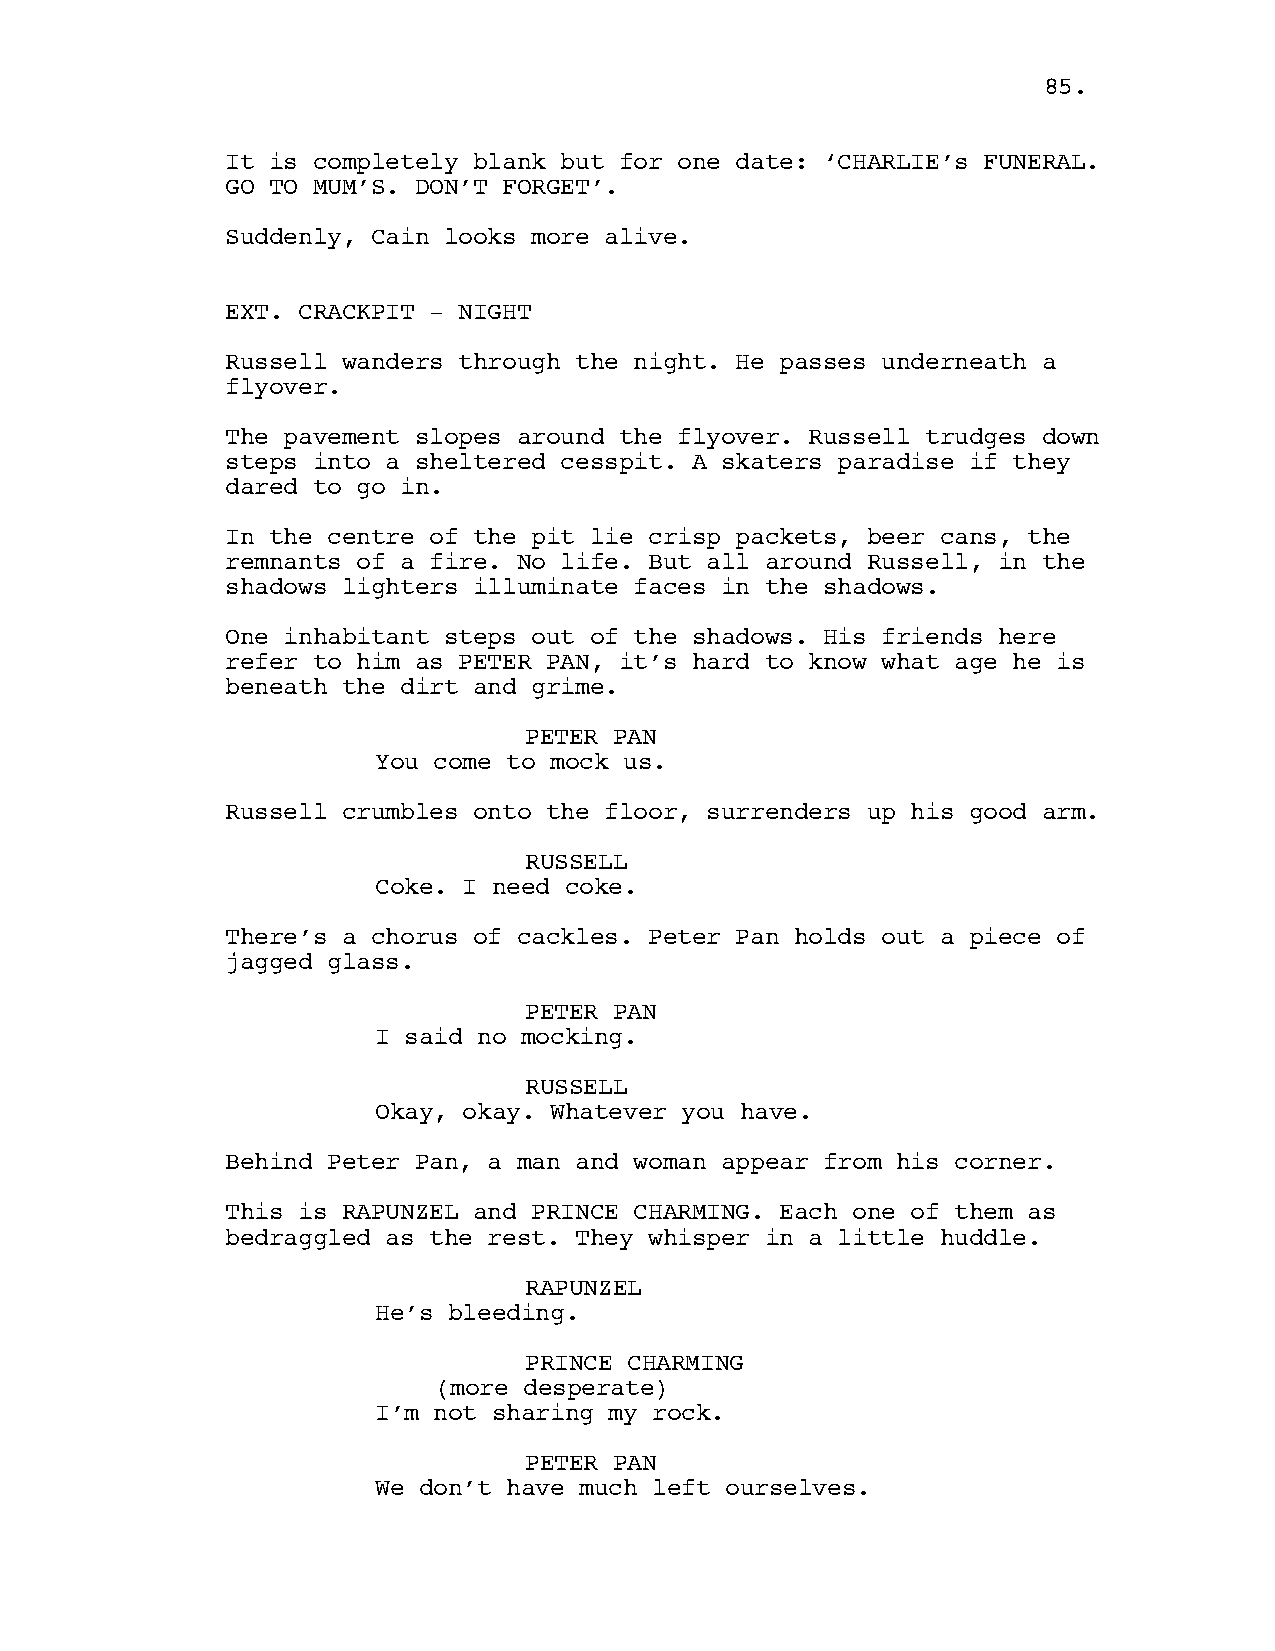
85.
 It is completely blank but for one date: ‘CHARLIE’s FUNERAL.
 GO TO MUM’S. DON’T FORGET’.
 Suddenly, Cain looks more alive.
 EXT. CRACKPIT - NIGHT
 Russell wanders through the night. He passes underneath a
 flyover.
 The pavement slopes around the flyover. Russell trudges down
 steps into a sheltered cesspit. A skaters paradise if they
 dared to go in.
 In the centre of the pit lie crisp packets, beer cans, the
 remnants of a fire. No life. But all around Russell, in the
 shadows lighters illuminate faces in the shadows.
 One inhabitant steps out of the shadows. His friends here
 refer to him as PETER PAN, it’s hard to know what age he is
 beneath the dirt and grime.
 PETER PAN
 You come to mock us.
 Russell crumbles onto the floor, surrenders up his good arm.
 RUSSELL
 Coke. I need coke.
 There’s a chorus of cackles. Peter Pan holds out a piece of
 jagged glass.
 PETER PAN
 I said no mocking.
 RUSSELL
 Okay, okay. Whatever you have.
 Behind Peter Pan, a man and woman appear from his corner.
 This is RAPUNZEL and PRINCE CHARMING. Each one of them as
 bedraggled as the rest. They whisper in a little huddle.
 RAPUNZEL
 He’s bleeding.
 PRINCE CHARMING
 (more desperate)
 I’m not sharing my rock.
 PETER PAN
 We don’t have much left ourselves.